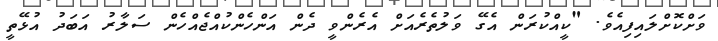
ވަށްކޮށްލައިފިއެވެ. "ކީއްކުރަން އެގޭ ވަލުތެރެއަށް އެރެންވީ ދެން އަންހެންކުއްޖެއްހެން ސަލާރު އަބަދު އުޅޭތީ